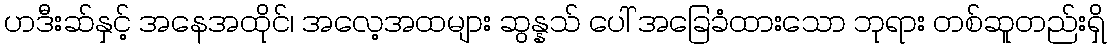
ဟဒီးဆ်နှင့် အနေအထိုင်၊ အလေ့အထများ ဆွန္နသ် ပေါ် အခြေခံထားသော ဘုရား တစ်ဆူတည်းရှိ